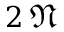
2 \, \mathfrak { N }